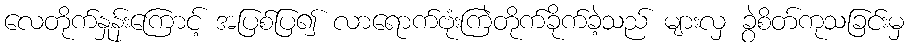
လေတိုက်နှုန်းကြောင့် အပြစ်ပြ၍ လာရောက်ဗုံးကြဲတိုက်ခိုက်ခဲ့သည် များလှ ခွဲစိတ်ကုသခြင်းမှ